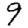
Digit: 9